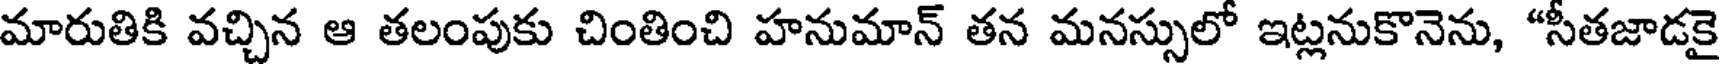
మారుతికి వచ్చిన ఆ తలంపుకు చింతించి హనుమాన్ తన మనస్సులో ఇట్లనుకొనెను, "సీతజాడకై